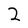
Character: 2